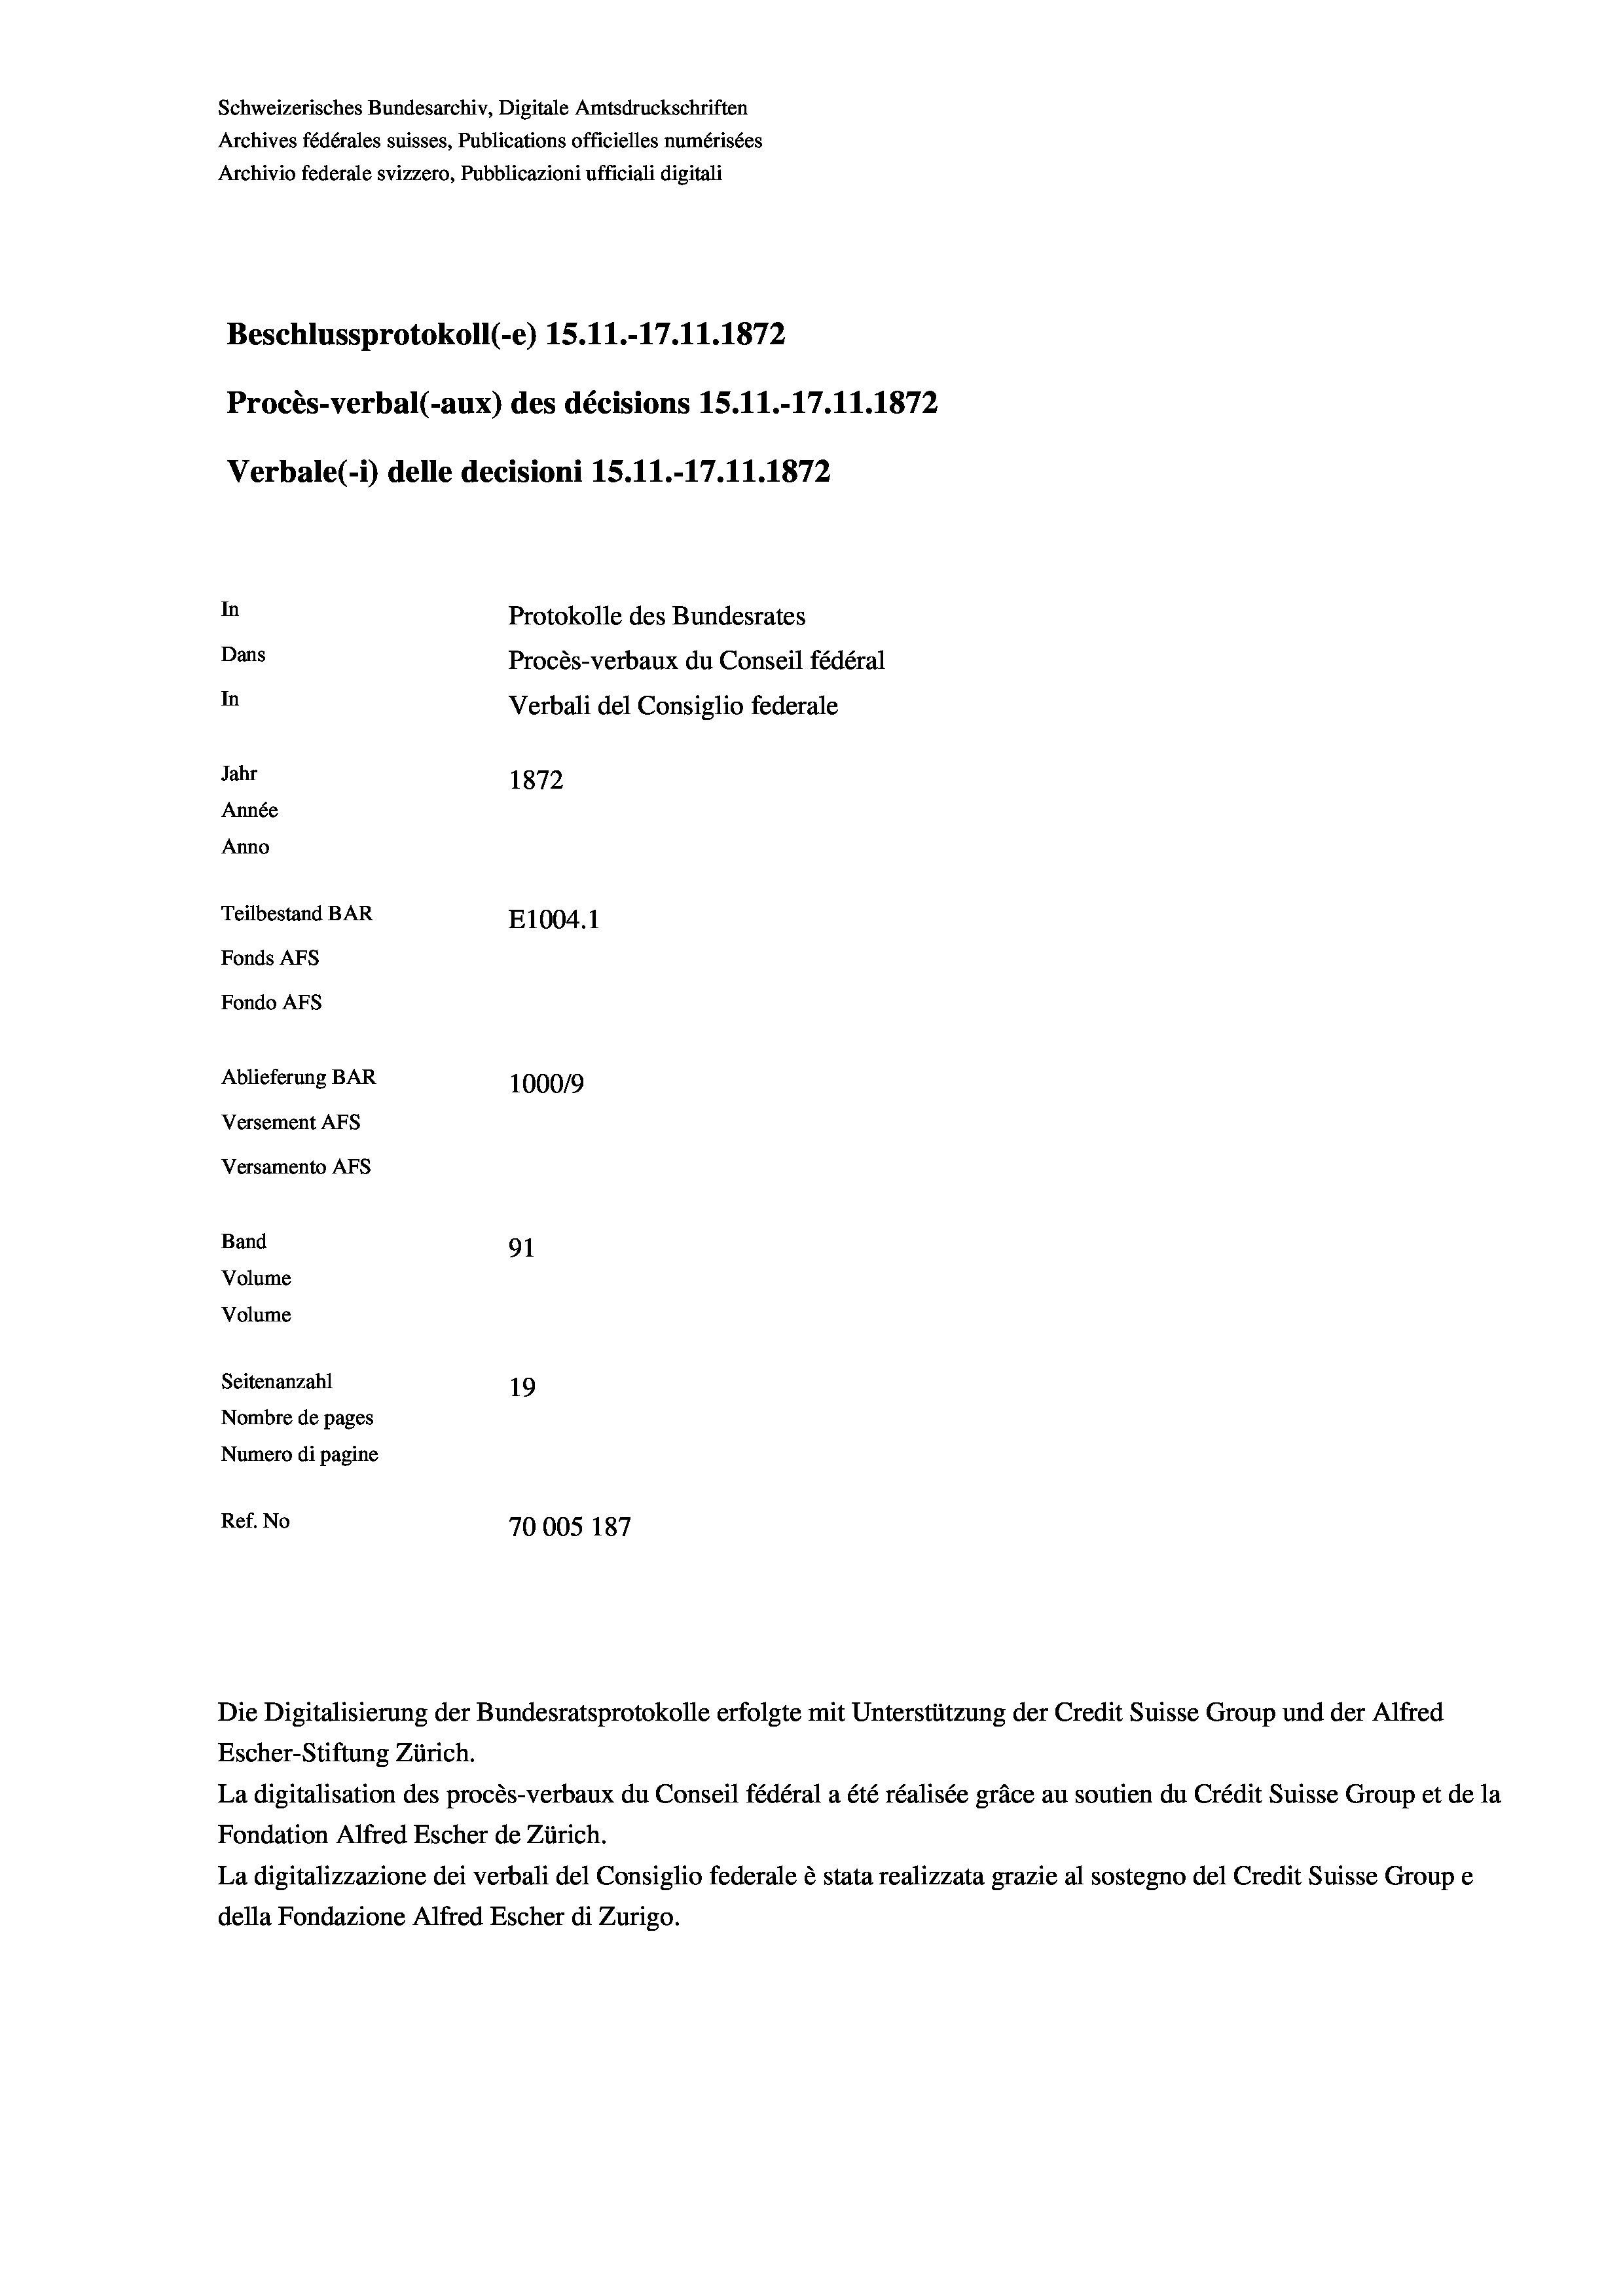
Schweizerisches Bundesarchiv, Digitale Amtsdruckschriften
Archives fédérales suisses, Publications officielles numérisées
Archivio federale svizzero, Pubblicazioni ufficiali digitali
Beschlussprotokoll (-e) 15.11.-17.11.1872
Procès-verbal (-aux) des décisions 15.11.-17.11.1872
Verbale(- 1) delle decisioni 15.11.-17.11.1872
In
Protokolle des Bundesrates
Dans
Procès-verbaux du Conseil fédéral
In
Verbali del Consiglio federale
Jahr
1872
Année
Anno
Teilbestand BAR
E1004.1
Fonds AFs
Fondo AFs
Ablieferung BAR
100019
Versement AFs
Versamento AFs
Band
91
Volume
Volume
Seitenanzahl
19
Nombre de pages
Numero di pagine
Ref. No
70005 187

Escher-Stiftung Zürich.
La digitalisation des procès-verbaux du Conseil fédéral a été réalisée gräce au soutien du Crédit Suisse Group et de la
Fondation Alfred Escher de Zürich.
La digitalizzazione dei verbali del Consiglio federale è stata realizzata grazie al sostegno del Credit Suisse Groupe
della Fondazione Alfred Escher di Zurigo.

Die Digitalisierung der Bundesratsprotokolle erfolgte mit Unterstützung der Credit Suisse Group und der Alfred